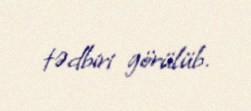
tədbiri görülüb.